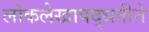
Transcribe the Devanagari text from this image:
लोकलेखापद्धतीने